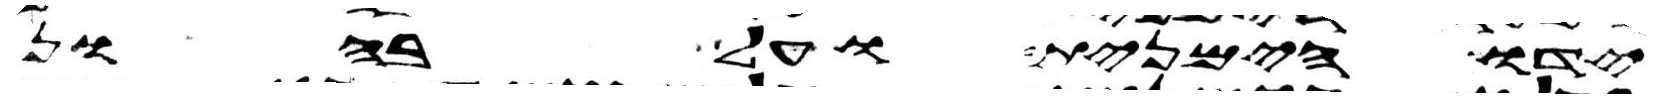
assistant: ידו הימנית ועל בהון